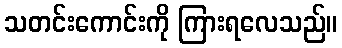
သတင်းကောင်းကို ကြားရလေသည်။